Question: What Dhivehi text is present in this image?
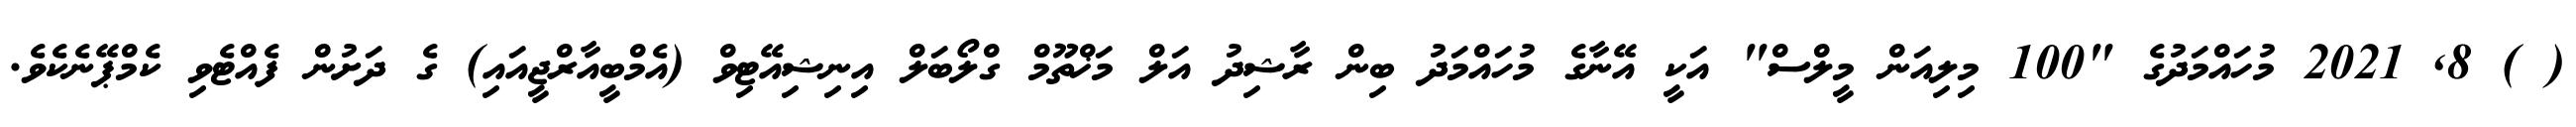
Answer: ( ) 8, 2021 މުހައްމަދުގެ "100 މިލިއަން މީލްސް" އަކީ އޭނާގެ މުހައްމަދު ބިން ރާޝިދު އަލް މަޚްތޫމް ގްލޯބަލް އިނިޝިއޭޓިވް (އެމްބީއާރްޖީއައި) ގެ ދަށުން ފެއްޓެވި ކެމްޕޭނެކެވެ.